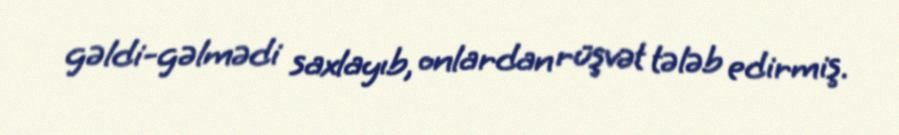
gəldi-gəlmədi saxlayıb, onlardan rüşvət tələb edirmiş.